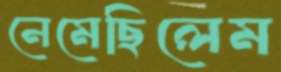
নেমেছিলেম